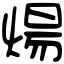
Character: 煬